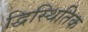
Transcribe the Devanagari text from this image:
द्विस्थितिक